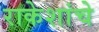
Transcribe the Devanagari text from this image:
राकेशांचे